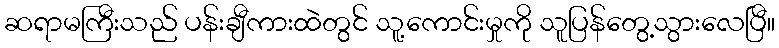
ဆရာမကြီးသည် ပန်းချီကားထဲတွင် သူ့ကောင်းမှုကို သူပြန်တွေ့သွားလေပြီ။